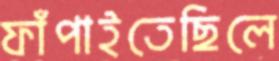
ফাঁপাইতেছিলে